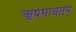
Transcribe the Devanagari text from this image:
ऋषभाचलम्